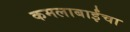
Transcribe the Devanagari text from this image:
कमलाबाईंचा